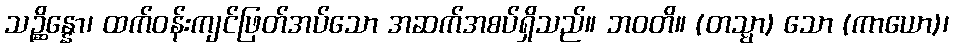
သဉ္ဆိန္နော၊ ထက်ဝန်းကျင်ဖြတ်အပ်သော အဆက်အစပ်ရှိသည်။ ဘဝတိ။ (တသ္မာ) သော (ကာယော)၊